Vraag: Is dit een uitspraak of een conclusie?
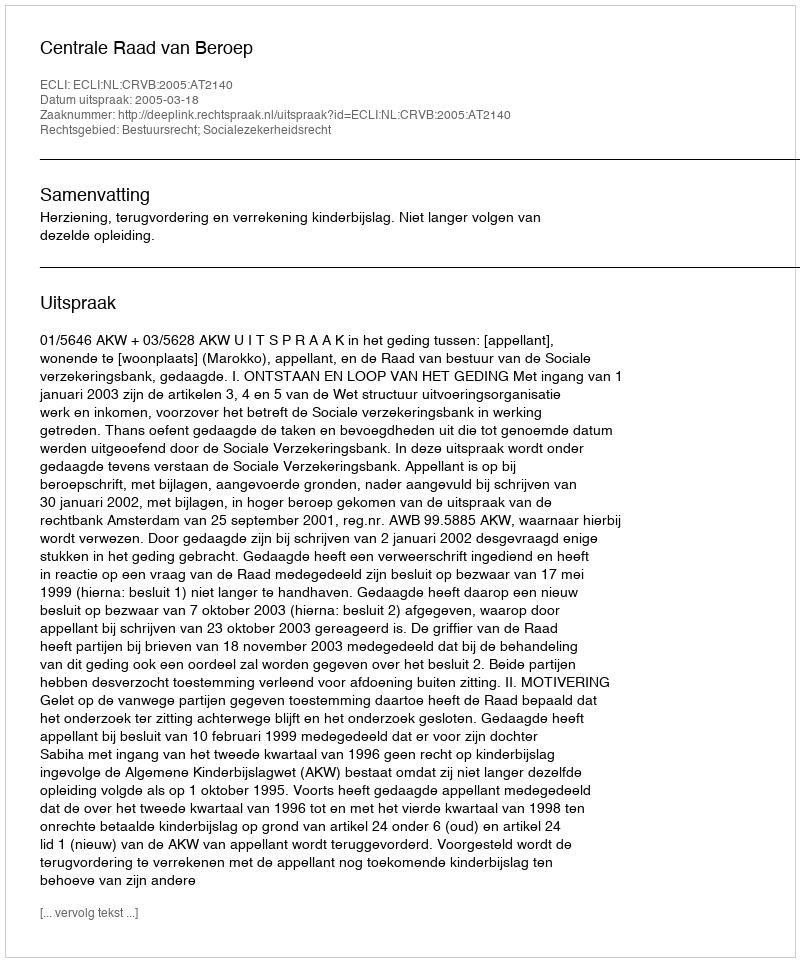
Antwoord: Uitspraak